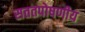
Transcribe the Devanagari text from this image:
सततपोषणीय